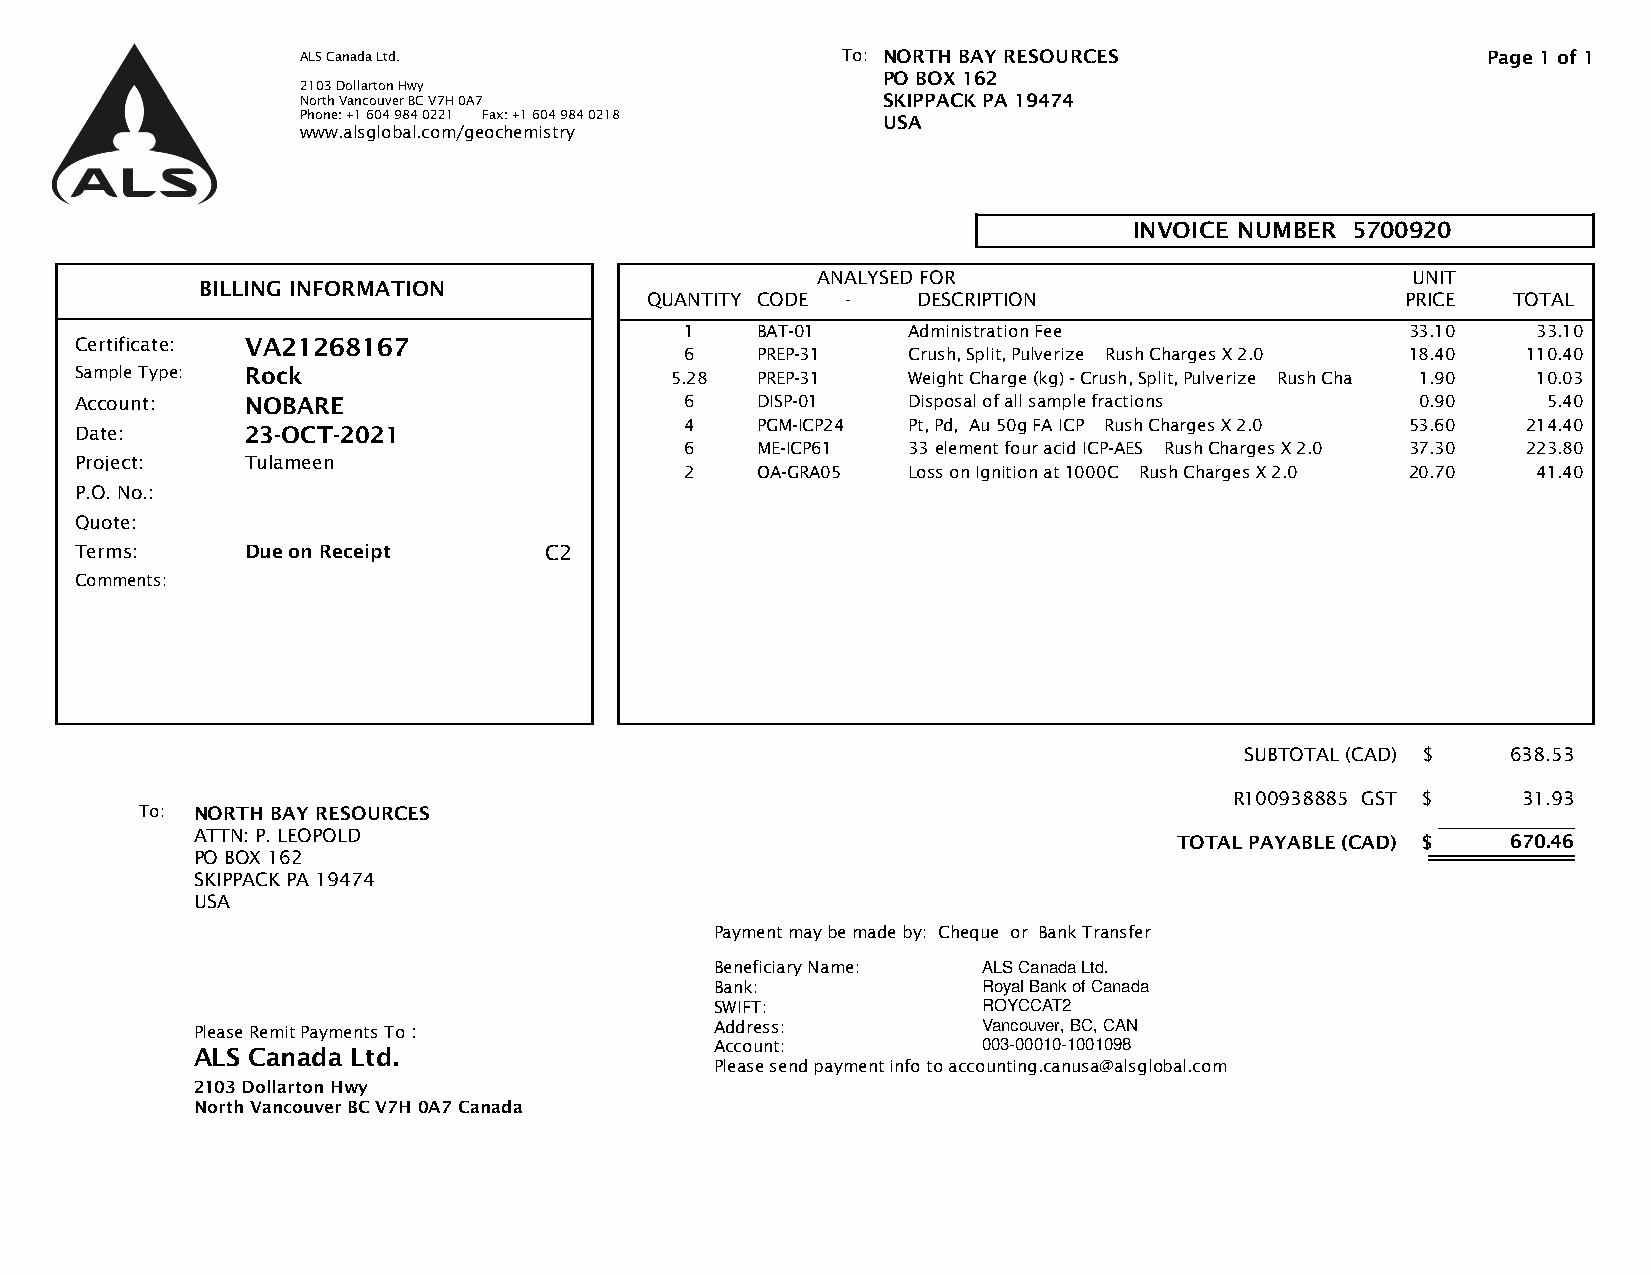
ALS Canada Ltd.                     To: NORTH BAY RESOURCES                   Page 1 of 1
 PO BOX 162
 2103 Dollarton Hwy
 North Vancouver BC V7H 0A7            SKIPPACK PA 19474
 Phone: +1 604 984 0221 Fax: +1 604 984 0218 USA
 www.alsglobal.com/geochemistry
 INVOICE NUMBER 5700920
 ANALYSED FOR                           UNIT
 BILLING INFORMATION
 QUANTITY CODE -   DESCRIPTION                     PRICE  TOTAL
 1    BAT-01    Administration Fee               33.10    33.10
 Certificate: VA21268167
 6    PREP-31   Crush, Split, Pulverize Rush Charges X 2.0 18.40 110.40
 Sample Type: Rock                      5.28  PREP-31   Weight Charge (kg) - Crush, Split, Pulverize Rush Charges X 1.90 10.03
 Account:   NOBARE                       6    DISP-01   Disposal of all sample fractions  0.90    5.40
 4    PGM-ICP24 Pt, Pd, Au 50g FA ICP Rush Charges X 2.0 53.60 214.40
 Date:      23-OCT-2021
 6    ME-ICP61  33 element four acid ICP-AES Rush Charges X 2.0 37.30 223.80
 Project:   Tulameen
 2    OA-GRA05  Loss on Ignition at 1000C Rush Charges X 2.0 20.70 41.40
 P.O. No.:
 Quote:
 Terms:     Due on Receipt      C2
 Comments:
 SUBTOTAL (CAD) $  638.53
 R100938885 GST $   31.93
 To: NORTH BAY RESOURCES
 ______________
 ATTN: P. LEOPOLD
 TOTAL PAYABLE (CAD) $ 670.46
 PO BOX 162
 SKIPPACK PA 19474
 USA
 Payment may be made by: Cheque or Bank Transfer
 Beneficiary Name: ALS Canada Ltd.
 Bank:             Royal Bank of Canada
 SWIFT:            ROYCCAT2
 Please Remit Payments To :        Address:          Vancouver, BC, CAN
 Account:          003-00010-1001098
 ALS Canada Ltd.
 Please send payment info to acco unting.canusa@alsglobal.com
 2103 Dollarton Hwy
 North Vancouver BC V7H 0A7 Canada